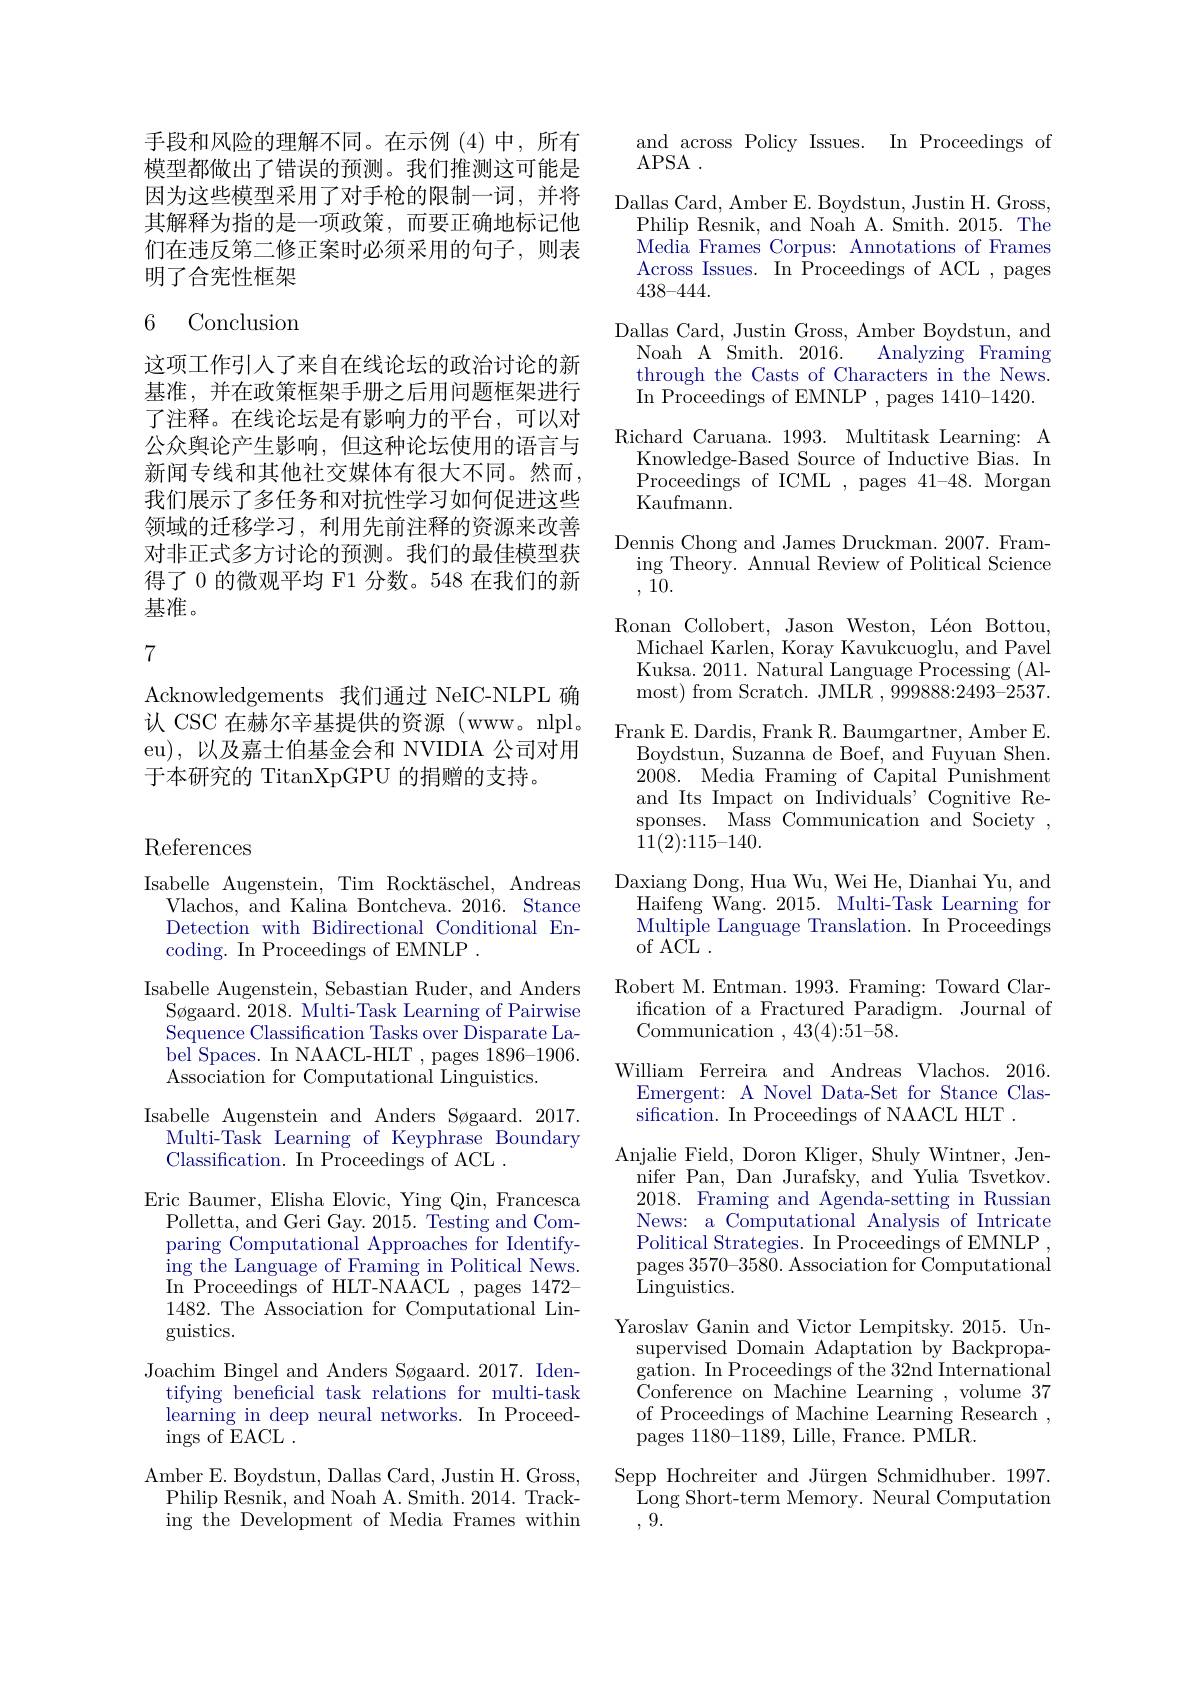
手段和风险的理解不同。在示例(4)中，所有模型都做出了错误的预测。我们推测这可能是因为这些模型采用了对手枪的限制一词，并将其解释为指的是一项政策，而要正确地标记他们在违反第二修正案时必须采用的句子，则表明了合宪性框架

## 6 Conclusion

这项工作引入了来自在线论坛的政治讨论的新基准，并在政策框架手册之后用问题框架进行了注释。在线论坛是有影响力的平台，可以对公众舆论产生影响，但这种论坛使用的语言与新闻专线和其他社交媒体有很大不同。然而， 我们展示了多任务和对抗性学习如何促进这些领域的迁移学习，利用先前注释的资源来改善对非正式多方讨论的预测。我们的最佳模型获得了 0 的微观平均 F1 分数。548 在我们的新基准。

7

Acknowledgements 我们通过 NeIC-NLPL 确认 CSC 在赫尔辛基提供的资源 (www。nlpl。eu),以及嘉士伯基金会和 NVIDIA 公司对用于本研究的 TitanXpGPU 的捐赠的支持。

References

Isabelle Augenstein, Tim Rocktäschel, Andreas
Vlachos, and Kalina Bontcheva. 2016. Stance Detection with Bidirectional Conditional Encoding. In Proceedings of EMNLP .
Isabelle Augenstein, Sebastian Ruder, and Anders
Søgaard. 2018. Multi-Task Learning of Pairwise $\bar{\text{Sequence Classification Tasks over Disparate La-}}$ bel Spaces. In NAACL-HLT , pages 1896-1906. Association for Computational Linguistics.
Isabelle Augenstein and Anders Søgaard. 2017. Multi-Task Learning of Keyphrase Boundary Classification. In Proceedings of ACL .
Eric Baumer, Elisha Elovic, Ying Qin, Francesca
Polletta, and Geri Gay. 2015. Testing and Comparing Computational Approaches for Identifying the Language of Framing in Political News. $\operatorname{In}_{100}$Proceedings of HLT-NA$\operatorname{ACL}$,pages1472- 1482. The Association for Computational Linguistics.
Joachim Bingel and Anders Søgaard. 2017. Iden-
tifying beneficial task relations for multi-task learning in deep neural networks. In Proceedings of EACL .
Amber E. Boydstun, Dallas Card, Justin H. Gross, Philip Resnik, and Noah A. Smith. 2014. Tracking ${\mathrm{~the~Development~of~Media~Frames~within}}$

and across Policy Issues. In Proceedings of
APSA .
${\mathrm{Dallas~Card,~Amber~E.~Boydstun,~Justin~H.~Gross,}}$
Philip Resnik, and Noah A. Smith. 2015. The Media Frames Corpus: Annotations of Frames Across Issues. In Proceedings of ACL , pages 438-444.
Dallas Card, Justin Gross, Amber Boydstun, and
Noah A Smith. 2016.
Analyzing Framing
through the Casts of Characters in the News. In Proceedings of EMNLP , pages 1410-1420.
Richard Caruana. 1993. Multitask Learning: A
Knowledge-Based Source of Inductive Bias. In Proceedings of ICML , pages 41-48. Morgan Kaufmann.
Dennis Chong and James Druckman. 2007. Fram-
ing Theory. Annual Review of Political Science
,10.
Ronan Collobert, Jason Weston, Léon Bottou,
Michael Karlen, Koray Kavukcuoglu, and Pavel Kuksa. 2011. Natural Language Processing (Almost) from Scratch. JMLR , 999888: 2493- 2537.
$\underset{{\mathrm{Frank~E.~Dardis,~Frank~R.~Baumgartner,~Amber~E.}}}{\underset{\mathrm{Pr}}{\operatorname*{\operatorname*{\operatorname*{Frank~E.~Dardis,~Frank~R.~Baumgartner,~Amber~E.}}}}}$
Boydstun, Suzanna de Boef, and Fuyuan Shen. $20\dot{0} 8.$ Media Framing of Capital Punishment and Its Impact on Individuals' Cognitive Responses. Mass Communication and Society , 11(2){:}115{-}140.
Daxiang Dong, Hua Wu, Wei He, Dianhai Yu, and
Haifeng Wang. 2015. Multi-Task Learning for Multiple Language Translation. In Proceedings of ACL .
Robert M. Entman. 1993. Framing: Toward Clar-
ifcation of a Fractured Paradigm. Journal of
Communication ,43(4){:}51{-}58.
William Ferreira and Andreas Vlachos. 2016.
Emergent: A Novel Data-Set for Stance Clas-
sification. In Proceedings of NAACL HLT .
Anjalie Field, Doron Kliger, Shuly Wintner, Jen-
nifer Pan, Dan Jurafsky, and Yulia Tsvetkov. 2018. Framing and Agenda-setting in Russian News: a Computational Analysis of Intricate Political Strategies. In Proceedings of EMNLP , pages 3570-3580. Association for Computational Linguistics.
Yaroslav Ganin and Victor Lempitsky. 2015. Unsupervised Domain Adaptation by Backpropa- ${\mathrm{gation.~In~Proceedings~of~the~32nd~International}}$ $\underset{\mathrm{c}}{\operatorname*{\text{Conference on Machine Learning }}}{\operatorname*{\text{Learning },}}\underset{\mathrm{p}}{\operatorname*{\text{volume }}}37$ of Proceedings of Machine Learning Research , pages 1180-1189, Lille, France. PMLR.
Sepp Hochreiter and Jürgen Schmidhuber. 1997.
Long Short-term Memory. Neural Computation
, 9.